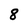
Character: 8